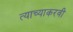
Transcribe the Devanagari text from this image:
त्याच्याकरवी